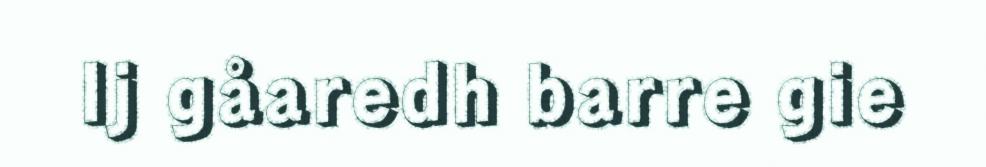
Ij gåaredh barre gie